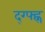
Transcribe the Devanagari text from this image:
द्ग्फ्ह्न